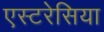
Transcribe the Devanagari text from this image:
एस्टरेसिया